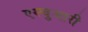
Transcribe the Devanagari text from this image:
एस्चुआरी